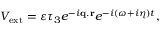
V _ { \mathrm { e x t } } = \varepsilon \tau _ { 3 } e ^ { - i { \bf q } . { \bf r } } e ^ { - i ( \omega + i \eta ) t } ,